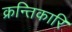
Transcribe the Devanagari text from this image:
क्रन्तिकारि